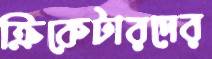
ক্রিকেটারদের